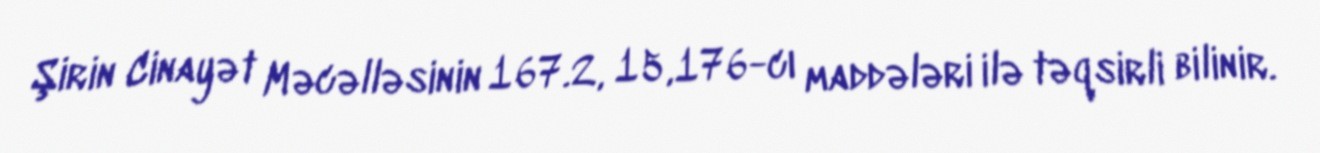
Şirin Cinayət Məcəlləsinin 167.2, 15,176-cı maddələri ilə təqsirli bilinir.